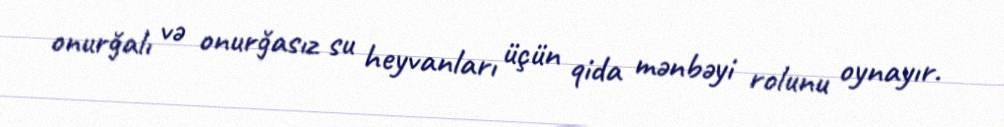
onurğalı və onurğasız su heyvanları üçün qida mənbəyi rolunu oynayır.